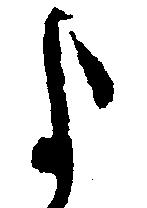
よ